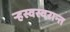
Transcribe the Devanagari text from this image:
ऱ्हस्वस्वरान्त